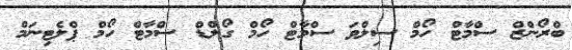
ބްރޯންޒް ސްމާޓް ހޯމް ސިލްވަ ސްމާޓް ހޯމް ގޯލްޑް ސްމާޓް ހޯމް ޕްލެޓިނަމް